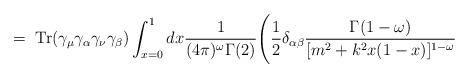
LaTeX: \begin{align*}= \;\mbox{Tr}(\gamma_\mu \gamma_\alpha \gamma_\nu \gamma_\beta)\int_{x=0}^1 dx\frac{1}{(4\pi)^\omega \Gamma(2)} \Bigg( \frac{1}{2} \delta_{\alpha \beta}\frac{\Gamma(1-\omega)}{[m^2 +k^2x(1-x)]^{1-\omega}}\end{align*}